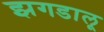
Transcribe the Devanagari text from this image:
झगडालू